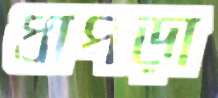
ধাপড়া